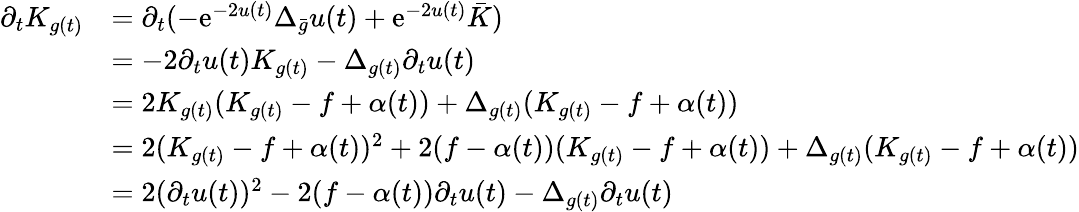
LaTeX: \begin{array}{rl}{\partial_{t}K_{g(t)}}&{=\partial_{t}(-\mathrm{e}^{-2u(t)}\Delta_{\bar{g}}u(t)+\mathrm{e}^{-2u(t)}\bar{K})}\\ &{=-2\partial_{t}u(t)K_{g(t)}-\Delta_{g(t)}\partial_{t}u(t)}\\ &{=2K_{g(t)}(K_{g(t)}-f+\alpha(t))+\Delta_{g(t)}(K_{g(t)}-f+\alpha(t))}\\ &{=2(K_{g(t)}-f+\alpha(t))^{2}+2(f-\alpha(t))(K_{g(t)}-f+\alpha(t))+\Delta_{g(t)}(K_{g(t)}-f+\alpha(t))}\\ &{=2(\partial_{t}u(t))^{2}-2(f-\alpha(t))\partial_{t}u(t)-\Delta_{g(t)}\partial_{t}u(t)}\end{array}